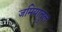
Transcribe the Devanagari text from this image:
जमियातुल